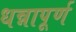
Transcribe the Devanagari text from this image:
धन्नापूर्ण